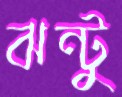
ঝন্টু